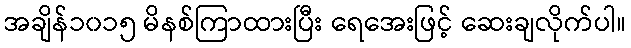
အချိန်၁၀၁၅ မိနစ်ကြာထားပြီး ရေအေးဖြင့် ဆေးချလိုက်ပါ။